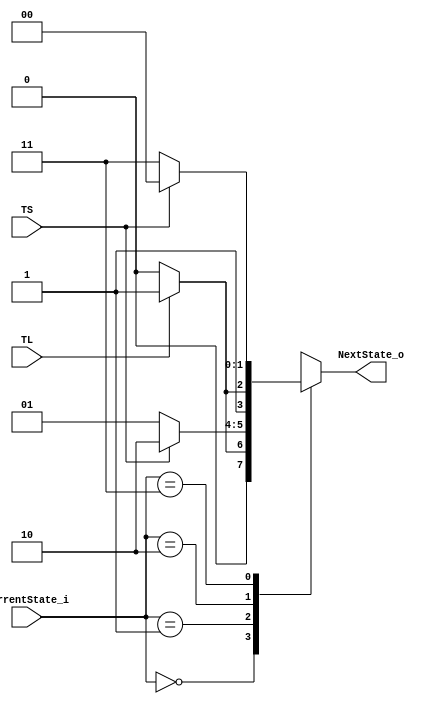
module FSM_NEXTSTATE(CurrentState_i, TS, TL, NextState_o);
	parameter	S0 = 2'b00,
					S1 = 2'b01,
					S2 = 2'b10,
					S3 = 2'b11;
	input [1:0] CurrentState_i;
	input TS, TL;
	output reg [1:0] NextState_o;
	
	always @ (CurrentState_i, TS, TL) begin
		case (CurrentState_i)
			S0: if (TL) NextState_o = S1; else NextState_o = S0;
			S1: if (TS) NextState_o = S2; else NextState_o = S1;
			S2: if (TL) NextState_o = S3; else NextState_o = S2;
			S3: if (TS) NextState_o = S0; else NextState_o = S3;
		default: NextState_o = S0;
		endcase
	end
endmodule